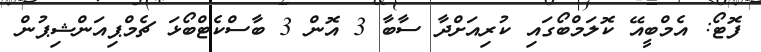
ފޮޓޯ: އެމްބީއޭ ކޮލަމްބޯގައި ކުރިއަށްދާ ސާބާ 3 އޮން 3 ބާސްކެޓްބޯޅަ ޗެމްޕިއަންޝިޕުން